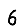
Digit: 6